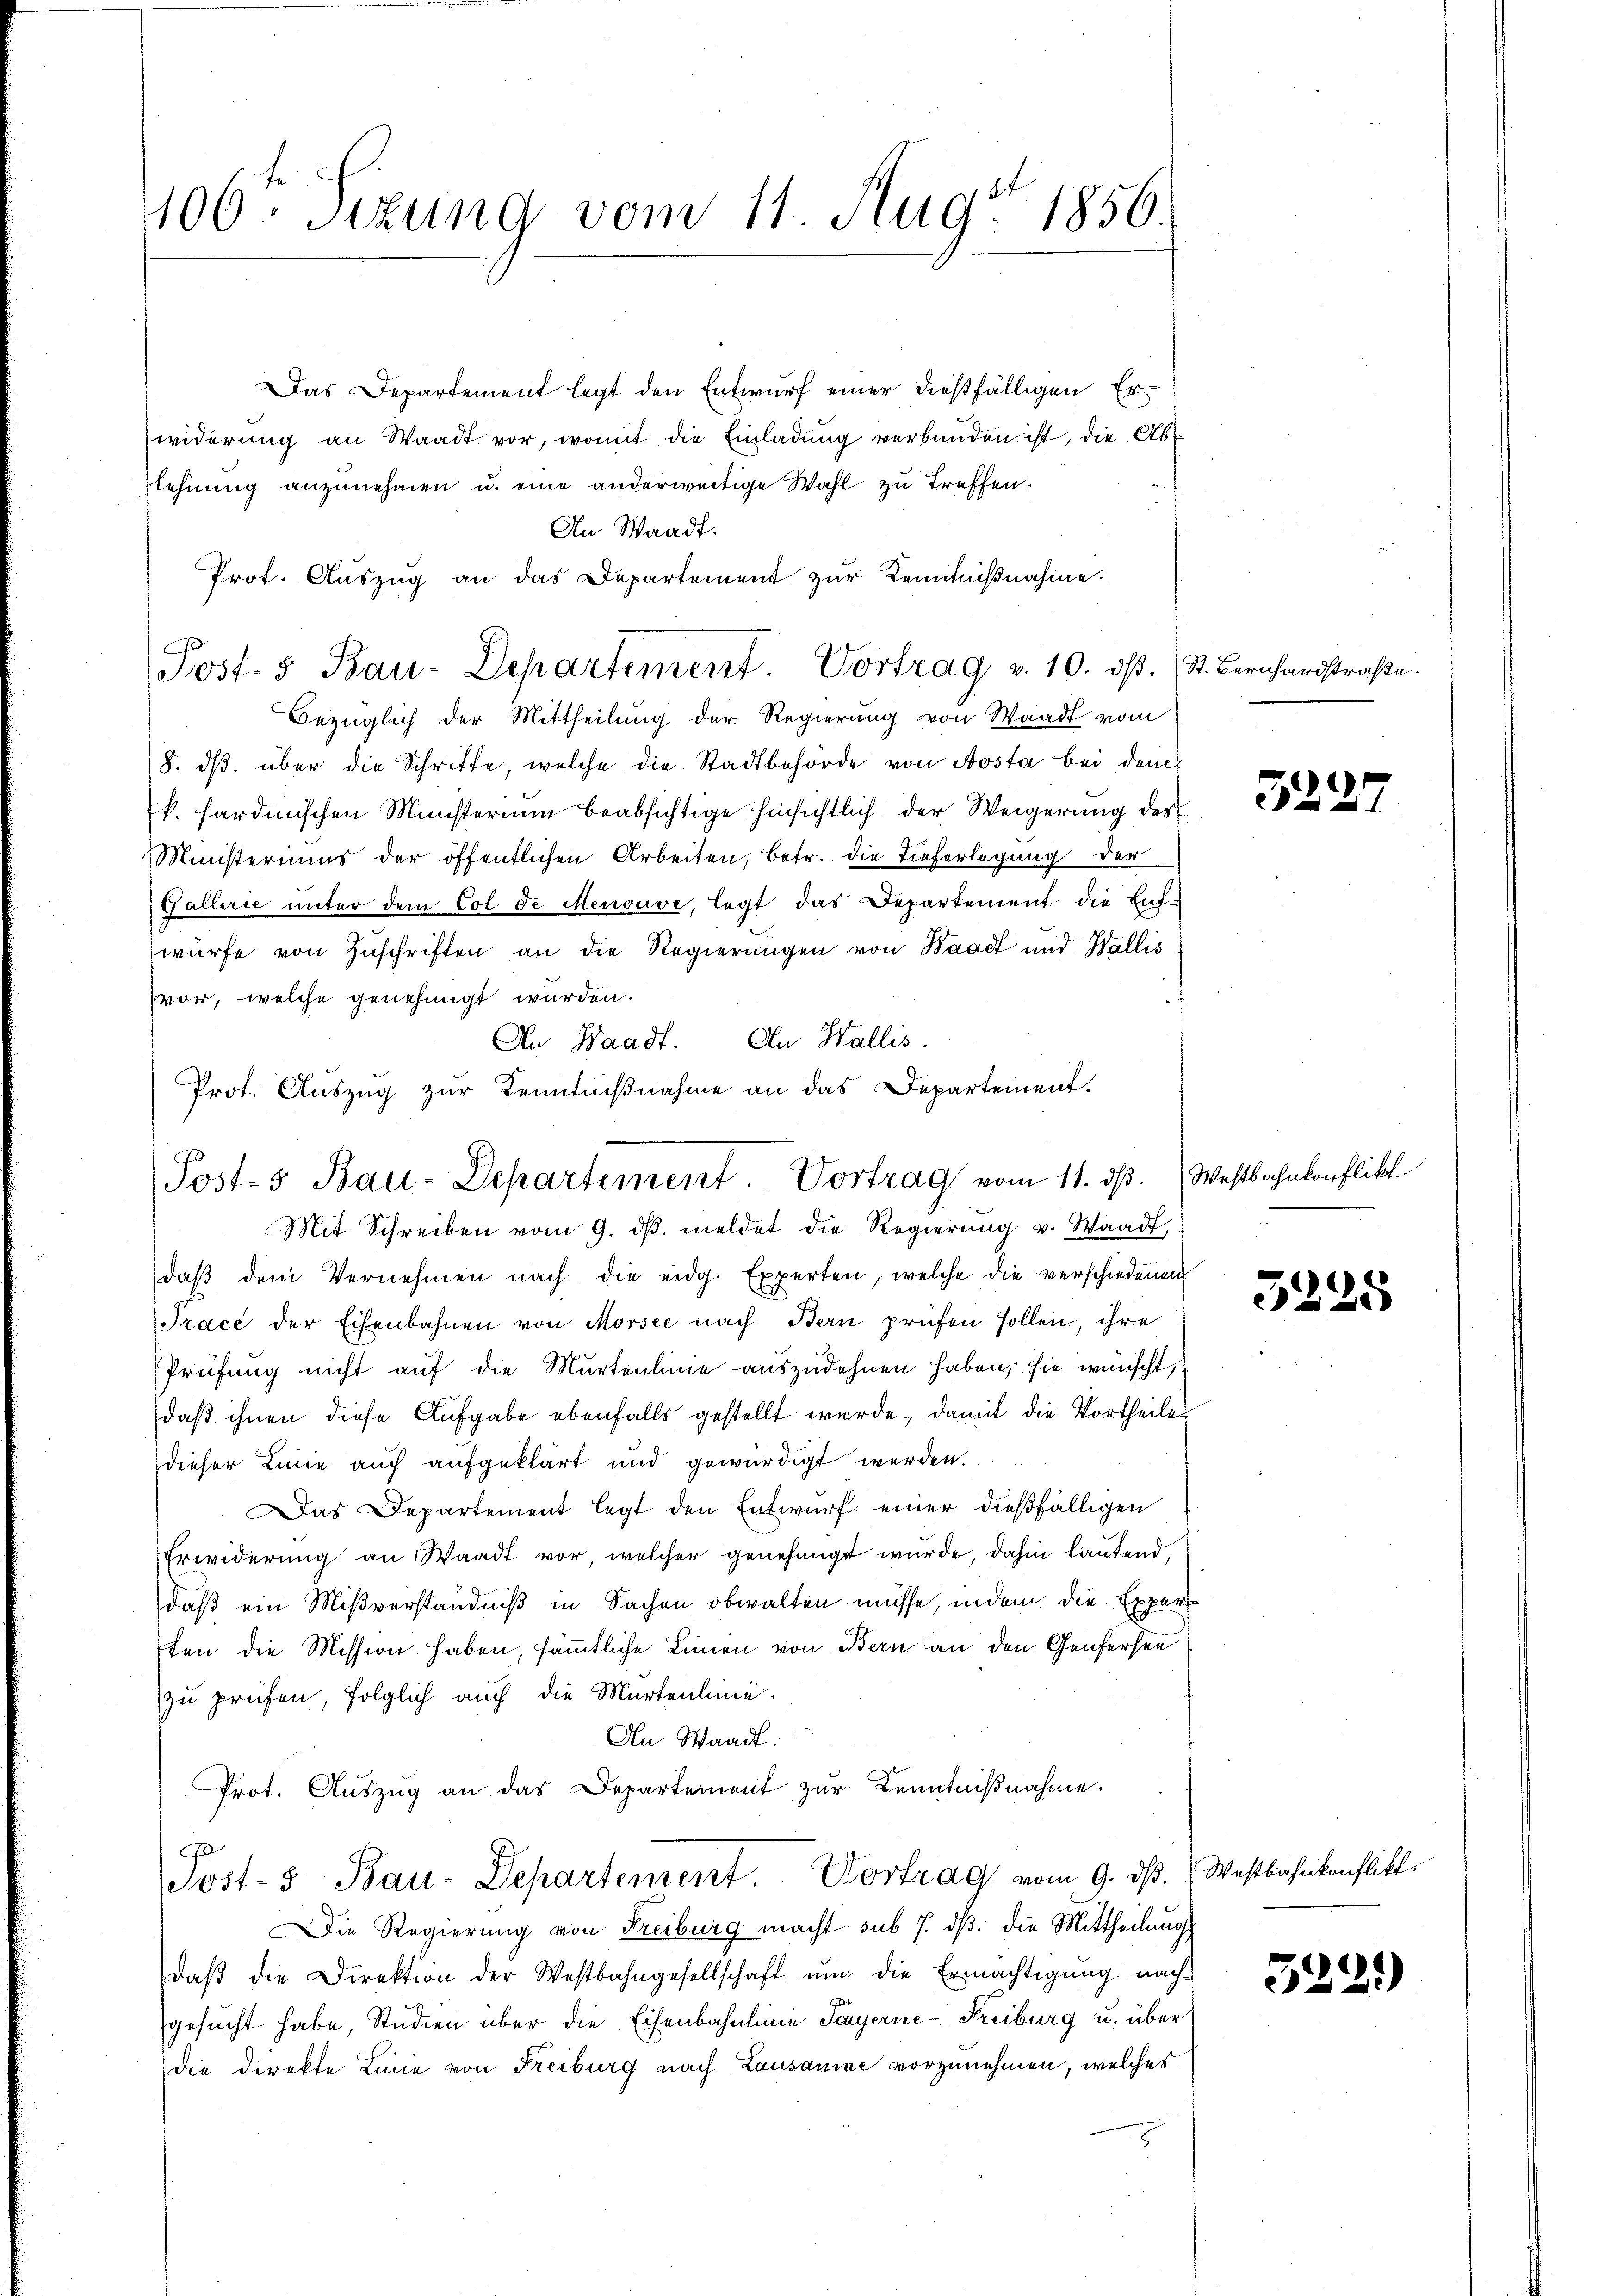
106. Sizung vom 11. Aug. 1856.

Das Departement legt den Entwurf einer dießfälligen Erwiderung an Waadt vor, womit die Einladung verbunden ist, die Abrlehnung anzunehmen u. eine anderweitige Wahl zu treffen.
An Waadt.
Prot. Auszug an das Departement zur Kenntnißnahme.
Bezüglich der Mittheilung der Regierung von Waadt vom
8. dβ über die Schritte, welche die Stadtbehörde von Aosta bei dem
k. sardinischen Ministerium beabsichtige hinsichtlich der Weigerung des
Ministeriums der öffentlichen Arbeiten, betr. die Tieferlegung der
Gallerie unter dem Col de Menouve, legt das Departement die Ent-
würfe von Zuschriften an die Regierungen von Waadt und Wallis
vor, welche genehmigt wurden.
An Waadt. An Wallis.
Prot. Auszug zur Kenntniβnahme an das Departement.

Post-5 Bau-Departement. Vortrag vom 11. ds.
Mit Schreiben vom 9. dβ. meldet die Regierung v. Waadt,

Post- & Bau-Departement. Vortrag v. 10. dβ. St. Bernhardstraβe.

daβ dem Vernehmen nach die eidg. Experten, welche die verschiedenen
Trace der Eisenbahnen von Morsee nach Bern prüfen sollen, ihre
Prüfung nicht auf die Murtenlinie auszudehnen haben, sie wünscht,
daß ihnen diese Aufgabe ebenfalls gestellt wurde, damit die Vortheile
dieser Linie auch aufgeklärt und gewürdigt werden.
Das Departement legt den Entwurf einer dießfälligen
Erwiderung an Waadt vor, welcher genehmigt wurde, dahin lautend,
daß ein Mißverständniß in Sachen obwalten müsse, indem die Expert
ten die Mission haben, sämmtliche Linien von Bern an den Genfersen
zu prüfen, folglich auch die Murtenlinie.
An Waadt.
Prot. Aŭszŭg an das Departement zur Kenntnißnahme.
.
Sost- 5 Bau-Departement. Vortrag vom 9. dβ. Westbahnkonflikt
Die Regierung von Freiburg macht sub 7. d: die Mittheilungs
daβ die Direktion der Westbahngesellschaft um die Ermächtigung nach-
gesucht habe, Studien über die Eisenbahnlinie Payerne-Freiburg u. über
die direkte Linie von Freiburg nach Lausanne vorzunehmen, welches

329

Westbahnkonflikt

5225

5229)